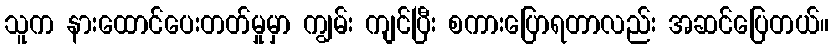
သူက နားထောင်ပေးတတ်မှုမှာ ကျွမ်း ကျင်ပြီး စကားပြောရတာလည်း အဆင်ပြေတယ်။